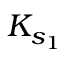
K _ { s _ { 1 } }